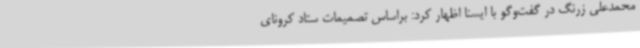
محمدعلی زرنگ در گفت‌وگو با ایسنا اظهار کرد: براساس تصمیمات ستاد کرونای